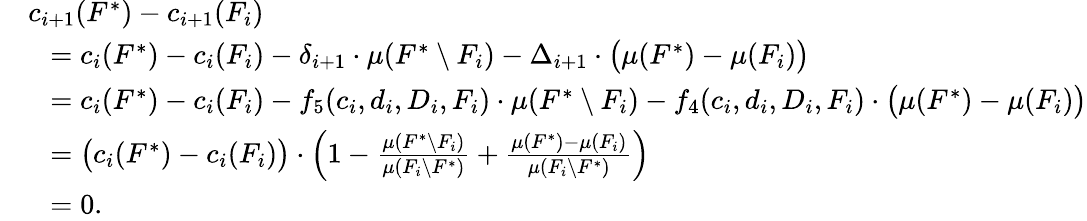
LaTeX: \begin{array}{rl}&{c_{i+1}(F^{*})-c_{i+1}(F_{i})}\\ {}&{~~=c_{i}(F^{*})-c_{i}(F_{i})-\delta_{i+1}\cdot\mu(F^{*}\setminus F_{i})-\Delta_{i+1}\cdot\big(\mu(F^{*})-\mu(F_{i})\big)}\\ {}&{~~=c_{i}(F^{*})-c_{i}(F_{i})-f_{5}(c_{i},d_{i},D_{i},F_{i})\cdot\mu(F^{*}\setminus F_{i})-f_{4}(c_{i},d_{i},D_{i},F_{i})\cdot\big(\mu(F^{*})-\mu(F_{i})\big)}\\ {}&{~~=\big(c_{i}(F^{*})-c_{i}(F_{i})\big)\cdot\left(1-\frac{\mu(F^{*}\setminus F_{i})}{\mu(F_{i}\setminus F^{*})}+\frac{\mu(F^{*})-\mu(F_{i})}{\mu(F_{i}\setminus F^{*})}\right)}\\ {}&{~~=0.}\end{array}